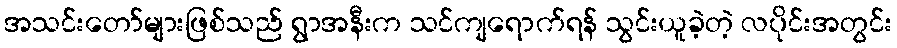
အသင်းတော်များဖြစ်သည် ရွာအနီးက သင်ကျရောက်ရန် သွင်းယူခဲ့တဲ့ လပိုင်းအတွင်း